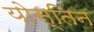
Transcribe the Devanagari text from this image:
योस्तिन